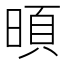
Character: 暊